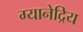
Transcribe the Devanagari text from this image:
ग्यानेद्रिय